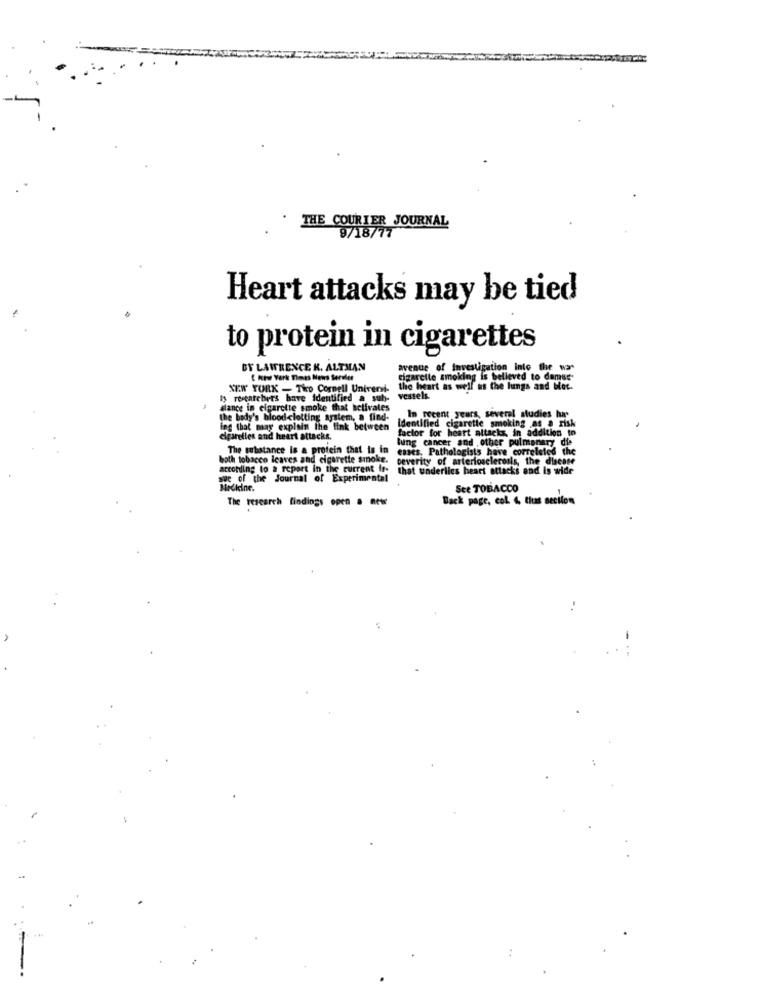
. THE COURIER JOURNAL
9/1877
Heart attacks may be tied
to protein in cigarettes
BY LAWRENCE K. ALTMAN
avenue of investigation into the wa-
( htw York Times Mens Seroler
cigarette smoking is believed to damss-
NEW YORK - Tico Cornell Universi. the heart as well as the lungs and blot.
Is researchers have identified a sub- vessels.
dance in cigarette smoke that activates
the body's bloodclotting system, a find-
Identified cigarette smoking as a risk
In recent years, several studies ha
ing that may explain the link between
factor for heart attacks. in addition to
elparettes and heart attacks.
lung cancer and other pulmonary die
The substance is a protein that is in
estes, Pathologists have correlated the
both tobacco leaves and cigarette smoke.
beverity of arteriosclerosis, the disease
according to a report in the current in-
that underlies heart attacks and is wide
se of the Journal of Experimental
Nrckeine.
See TOBACCO
The research findings open a new
Back page, col. &, thus section